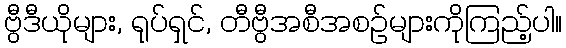
ဗွီဒီယိုများ, ရုပ်ရှင်, တီဗွီအစီအစဉ်များကိုကြည့်ပါ။